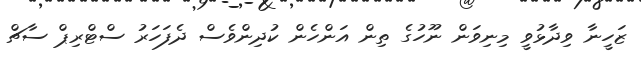
ޒަހީނާ ވިދާޅުވީ މިނިވަން ނޫހުގެ ތިން އަންހެން ކުދިންވެސް ދެފަހަރު ސްޓްރިޕް ސާޗް